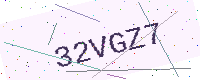
Text: 32VGZ7